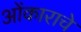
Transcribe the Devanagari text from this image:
ओंकाराचे